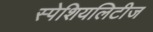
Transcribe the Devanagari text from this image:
स्पेशियलिटीज